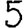
Digit: 5